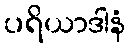
ပရိယာဒါနံ